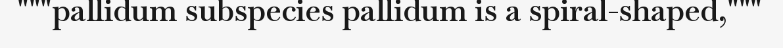
"""pallidum subspecies pallidum is a spiral-shaped,"""